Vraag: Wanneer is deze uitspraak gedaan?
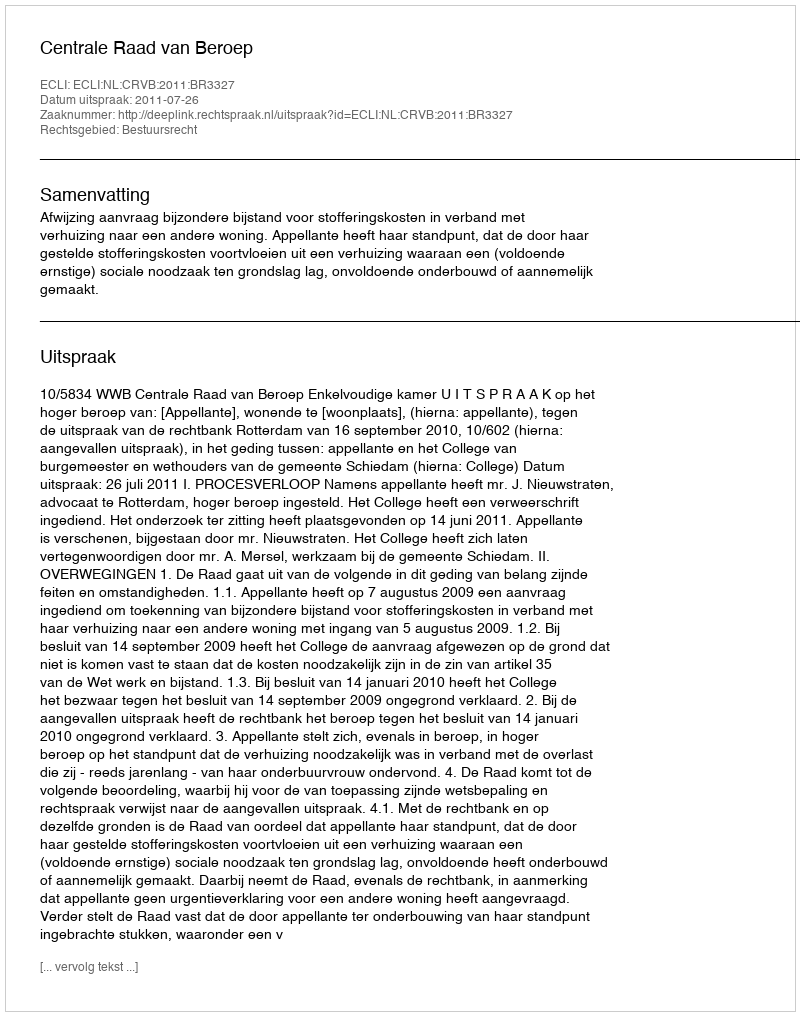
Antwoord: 2011-07-26